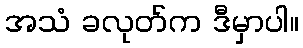
အသံ ခလုတ်က ဒီမှာပါ။